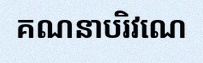
គណនាបរិវេណ